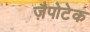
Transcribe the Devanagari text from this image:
ज़ैपोटेक